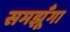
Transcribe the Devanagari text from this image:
समझूँगा